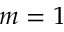
m = 1